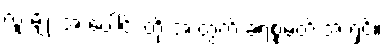
လူ မျိုး အ ပေါင်း တို့ အ တွက် ခရစ္စမတ် အ ရှင်။